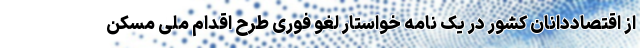
از اقتصاددانان کشور در یک نامه خواستار لغو فوری طرح اقدام ملی مسکن